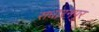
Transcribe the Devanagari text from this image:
सधारनपुर